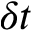
\delta t